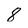
Character: 8